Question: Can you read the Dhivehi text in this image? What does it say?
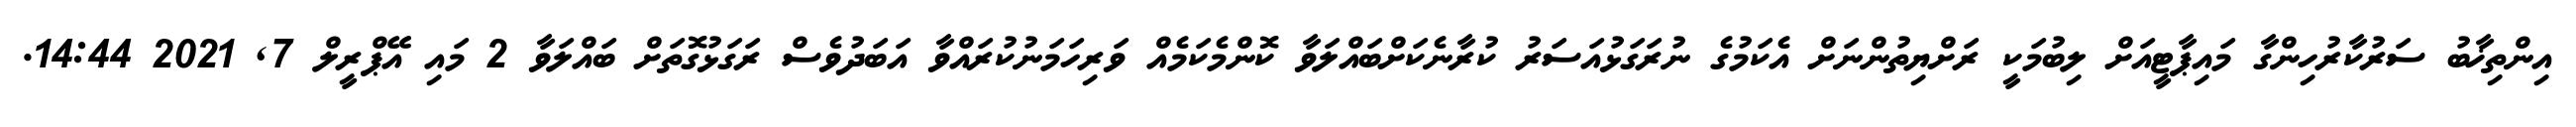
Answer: އިންތިޚާބު ސަރުކާރުހިންގާ މައިޕާޓީއަށް ލިބުމަކީ ރަށްޔިތުންނަށް އެކަމުގެ ނުރަގަޅުއަސަރު ކުރާނެކަށްބައްލަވާ ކޮންމެކަމެއް ވަރިހަމަނުކުރައްވާ އަބަދުވެސް ރަގަޅުގޮތަށް ބައްލަވާ 2 މައި އޭޕްރީލް 7, 2021 14:44.